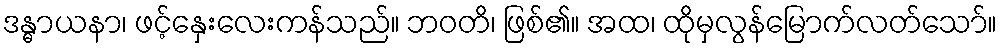
ဒန္ဓာယနာ၊ ဖင့်နှေးလေးကန်သည်။ ဘဝတိ၊ ဖြစ်၏။ အထ၊ ထိုမှလွန်မြောက်လတ်သော်။